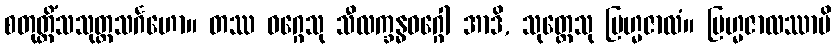
စတုတ္တိံသသုတ္တသင်္ဂဟော။ တဿ ဝဂ္ဂေသု သီလက္ခန္ဓဝဂ္ဂေါ အာဒိ, သုတ္တေသု ဗြဟ္မဇာလံ။ ဗြဟ္မဇာလဿာပိ